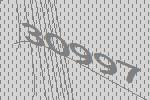
30997